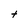
Character: t